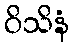
ဝိသိနံ